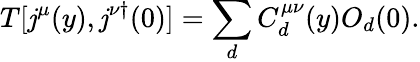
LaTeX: T[\mathit{j}^{\mu}(y),\mathit{j}^{\nu\dagger}(0)]=\sum_{d}C_{d}^{\mu\nu}(y)O_{d}(0).